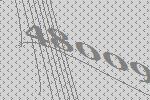
48009